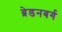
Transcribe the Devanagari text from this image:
ब्रेडनबर्ग